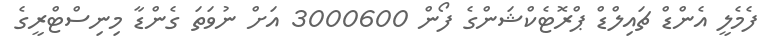
ފެމެލީ އެންޑް ޗައިލްޑް ޕްރޮޓެކްޝަންގެ ފޯން 3000600 އަށް ނުވަތަ ގެންޑާ މިނިސްޓްރީގެ